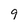
Character: 9